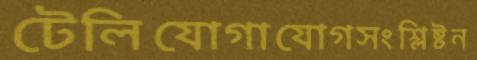
টেলিযোগাযোগসংশ্লিষ্টন